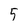
Character: 5